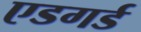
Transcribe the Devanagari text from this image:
एडगर्ड